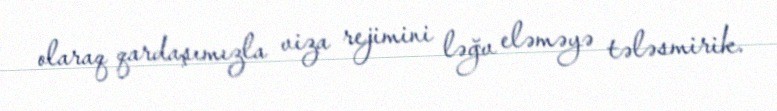
olaraq qardaşımızla viza rejimini ləğv eləməyə tələsmirik.